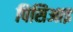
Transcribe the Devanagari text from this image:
पिसिआइ